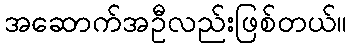
အဆောက်အဦလည်းဖြစ်တယ်။